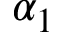
\alpha _ { 1 }